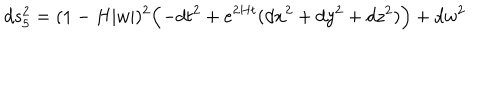
d s _ { 5 } ^ { 2 } = ( 1 - H | w | ) ^ { 2 } \Bigl ( - d t ^ { 2 } + e ^ { 2 H t } ( d x ^ { 2 } + d y ^ { 2 } + d z ^ { 2 } ) \Bigr ) + d w ^ { 2 }